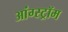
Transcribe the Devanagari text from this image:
आंग्स्ट्रॉम